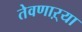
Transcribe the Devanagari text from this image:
तेवणाऱ्या